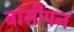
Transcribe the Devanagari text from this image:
बासीपन